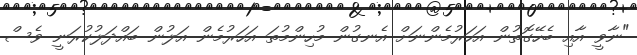
"ނާވީ އާއި ބެހޭގޮތުން އަހަރުމެންނަށް އެނގުން މުހިންމުތަ އަހަރުމެން އަލުން ބައްދަލުކުރަނީ ވެސް